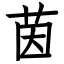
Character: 茵